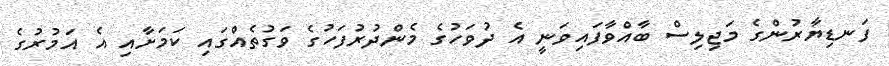
ފަނޑިޔާރުންގެ މަޖިލިސް ބާއްވާފައިވަނީ އެ ދުވަހުގެ މެންދުރުފަހުގެ ވަގުތެއްގައި ކަމަށާއި އެ އަމުރުގެ